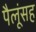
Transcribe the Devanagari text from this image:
पैलूंसह